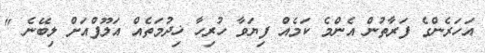
އަހަރެންގެ ފަރާތުން އެންމެ ކަމެއް ފިޔަވާ ހުރިހާ ޚިދުމަތެއް އަލޫފްއަށް ލިބޭނެ "